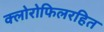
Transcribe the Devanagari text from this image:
क्लोरोफिलरहित